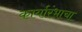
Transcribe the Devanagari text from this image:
कार्यारंभाचा